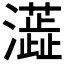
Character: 𤃓